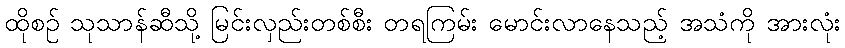
ထိုစဉ် သုသာန်ဆီသို့ မြင်းလှည်းတစ်စီး တရကြမ်း မောင်းလာနေသည့် အသံကို အားလုံး